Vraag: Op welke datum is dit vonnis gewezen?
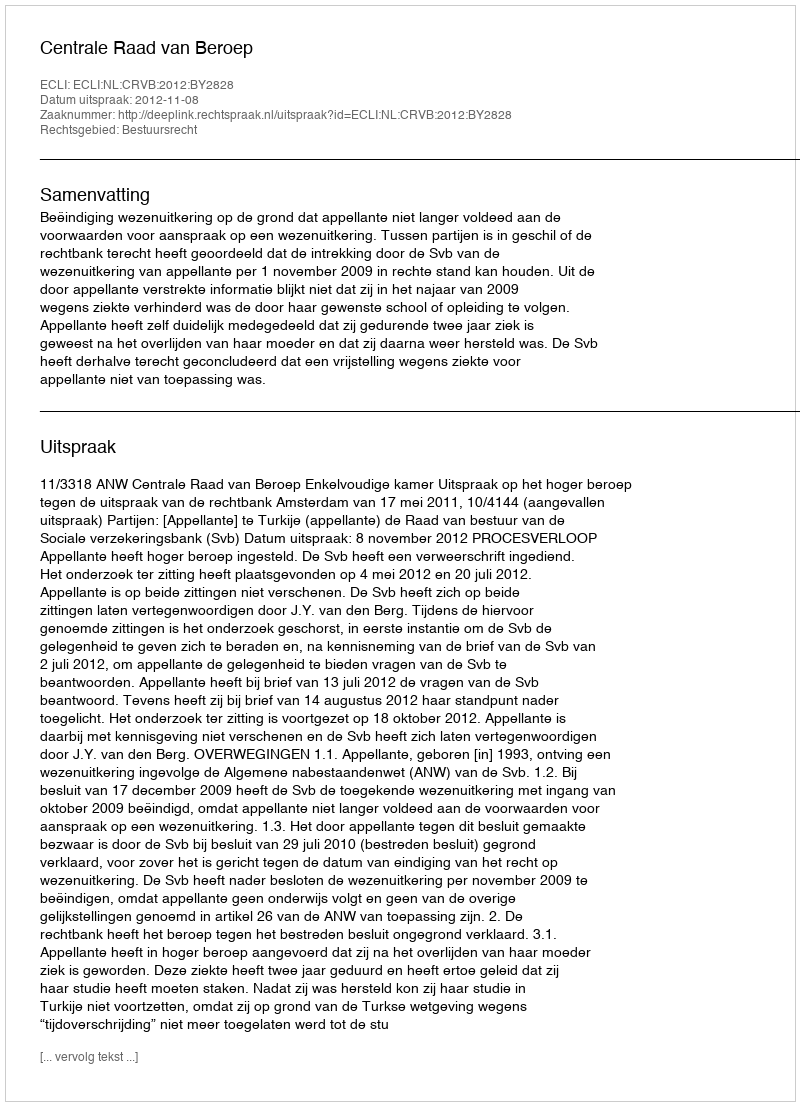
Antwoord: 2012-11-08